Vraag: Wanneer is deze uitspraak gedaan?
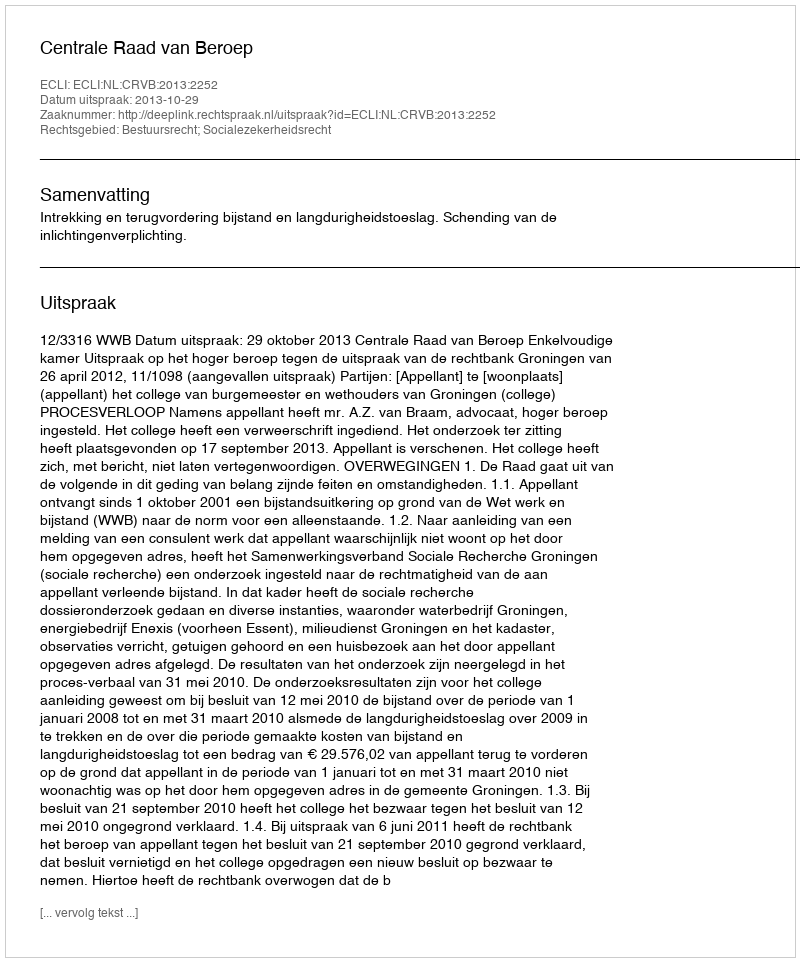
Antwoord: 2013-10-29